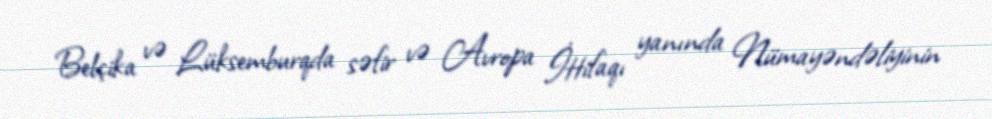
Belçika və Lüksemburqda səfir və Avropa İttifaqı yanında Nümayəndəliyinin